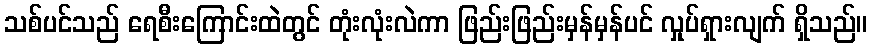
သစ်ပင်သည် ရေစီးကြောင်းထဲတွင် တုံးလုံးလဲကာ ဖြည်းဖြည်းမှန်မှန်ပင် လှုပ်ရှားလျက် ရှိသည်။